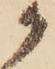
候